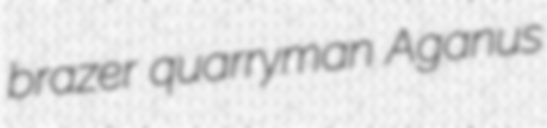
brazer quarryman Aganus